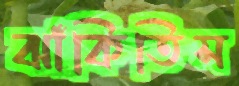
ঝাঁকিতিস